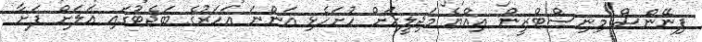
ފިނޭންސް މިނިސްޓްރީން އިއްޔެ މަޖިލީހަށް ހުށަހެޅި އަންނަ އަހަރުގެ ބަޖެޓުގައި އަލަށް ފަށާ